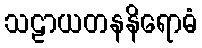
သဠာယတနနိရောဓံ